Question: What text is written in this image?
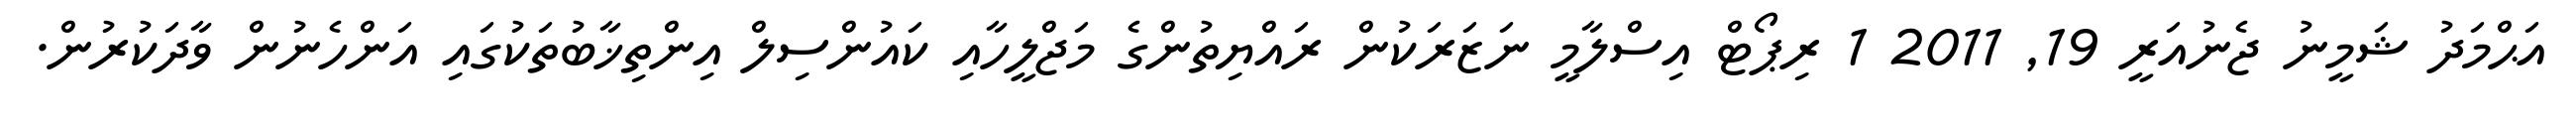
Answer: އަޙްމަދު ޝަމީނު ޖެނުއަރީ 19, 2011 1 ރިޕޯޓް އިސްލާމީ ނަޒަރަކުން ރައްޔިތުންގެ މަޖްލީހާއި ކައުންސިލް އިންތިޚާބުތަކުގައި އަންހެނުން ވާދަކުރުން.